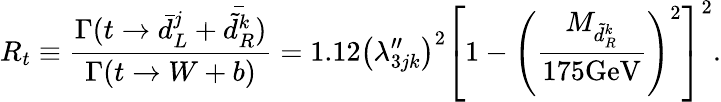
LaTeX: R_{t}\equiv\frac{\Gamma(t\rightarrow\bar{d}_{L}^{j}+\bar{\tilde{d}_{R}^{k}})}{\Gamma(t\rightarrow W+b)}=1.12\left(\lambda_{3jk}^{\prime\prime}\right)^{2}\left[1-\left(\frac{M_{\tilde{d}_{R}^{k}}}{175\mathrm{GeV}}\right)^{2}\right]^{2}.